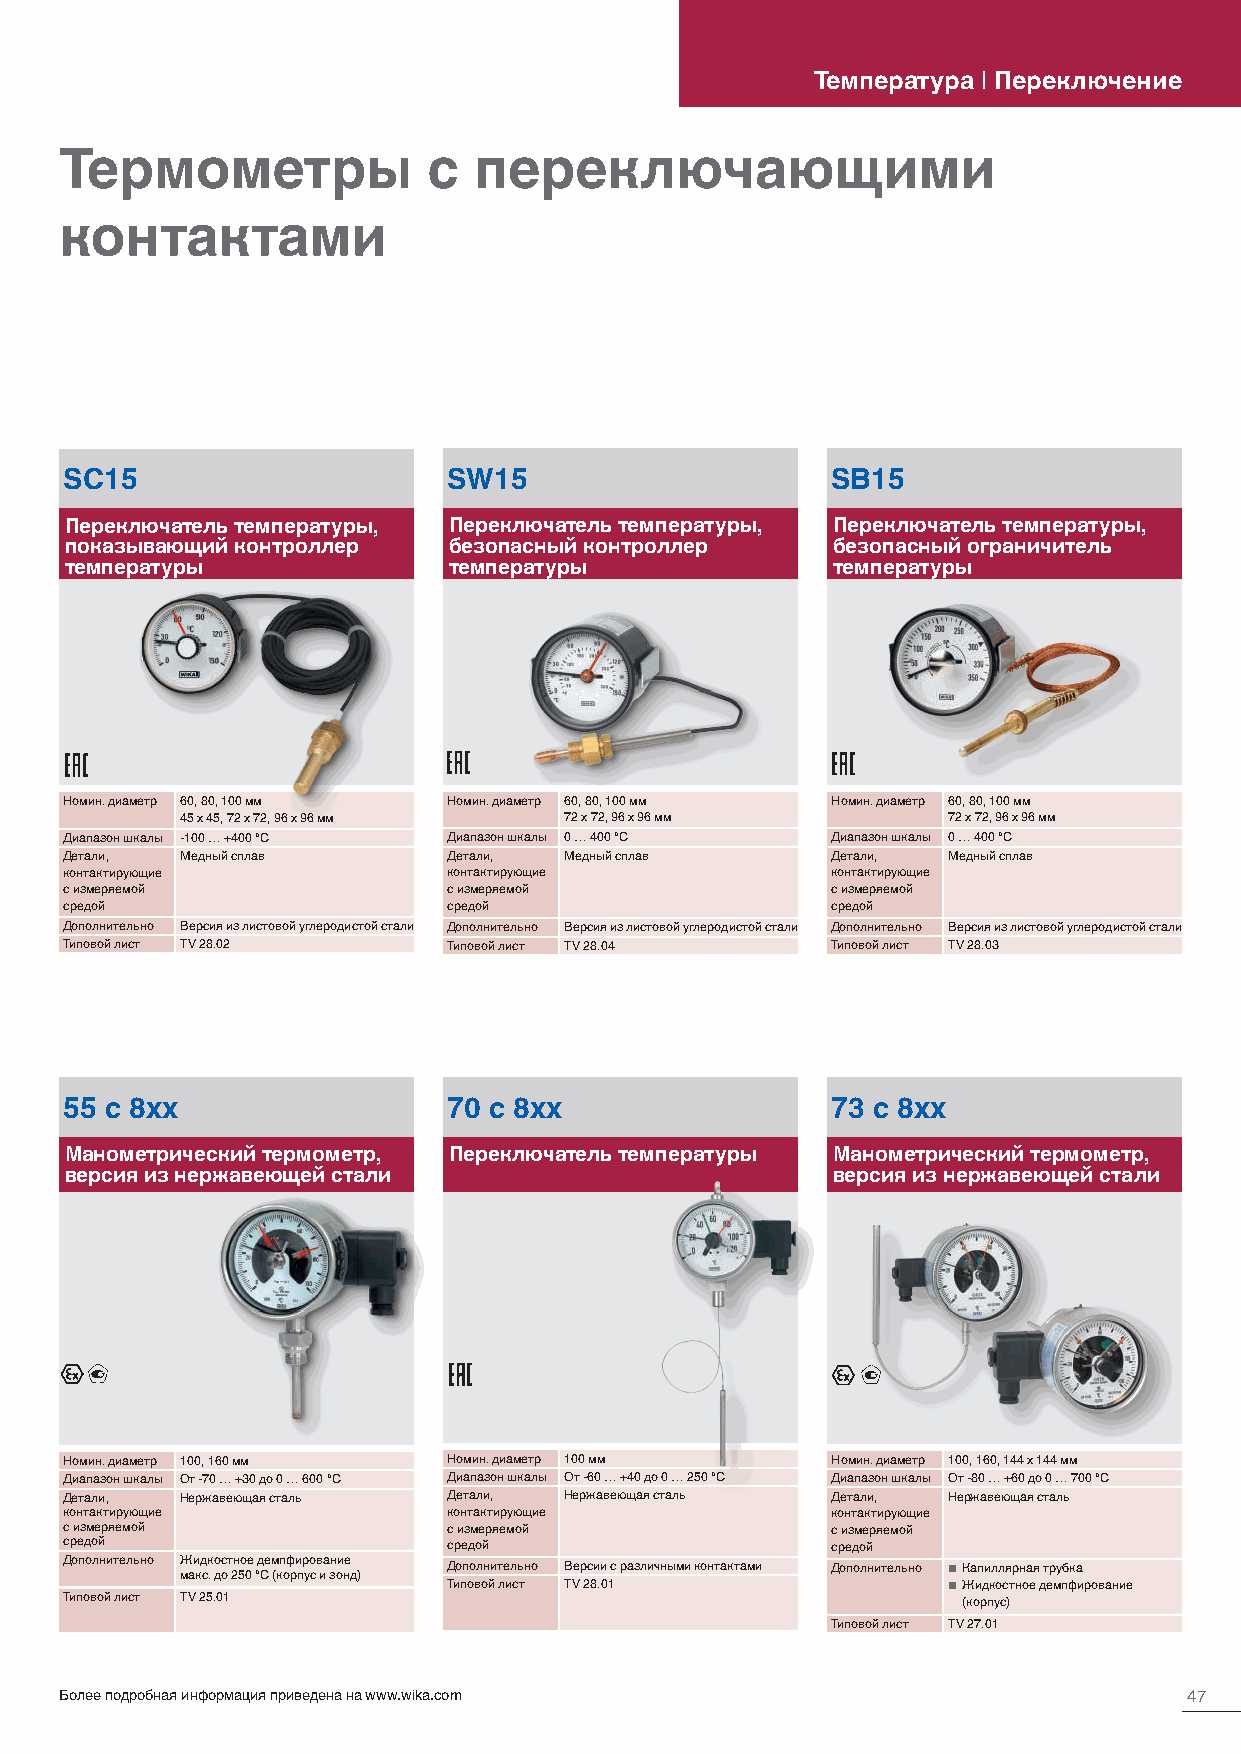
Температура | Переключение
 Термометры              с  переключающими
 контактами
 SC15                      SW15                     SB15
 Переключатель температуры, Переключатель температуры, Переключатель температуры,
 показывающий контроллер   безопасный контроллер    безопасный ограничитель
 температуры               температуры              температуры
 Номин. диаметр 60, 80, 100 мм Номин. диаметр 60, 80, 100 мм Номин. диаметр 60, 80, 100 мм
 45 x 45, 72 x 72, 96 x 96 мм 72 x 72, 96 x 96 мм   72 x 72, 96 x 96 мм
 Диапазон шкалы -100 … +400 °C Диапазон шкалы 0 … 400 °C Диапазон шкалы 0 … 400 °C
 Детали, Медный сплав      Детали, Медный сплав     Детали, Медный сплав
 контактирующие            контактирующие           контактирующие
 с измеряемой              с измеряемой             с измеряемой
 средой                    средой                   средой
 Дополнительно Версия из листовой углеродистой стали Дополнительно Версия из листовой углеродистой стали Дополнительно Версия из листовой углеродистой стали
 Типовой лист TV 28.02     Типовой лист TV 28.04    Типовой лист TV 28.03
 55 с 8xx                  70 с 8xx                 73 с 8xx
 Манометрический термометр, Переключатель температуры Манометрический термометр,
 версия из нержавеющей стали                        версия из нержавеющей стали
 Номин. диаметр 100, 160 мм Номин. диаметр 100 мм   Номин. диаметр 100, 160, 144 x 144 мм
 Диапазон шкалы От -70 … +30 до 0 … 600 °C Диапазон шкалы От -60 … +40 до 0 … 250 °C Диапазон шкалы От -80 … +60 до 0 … 700 °C
 Детали, Нержавеющая сталь Детали, Нержавеющая сталь Детали, Нержавеющая сталь
 контактирующие            контактирующие           контактирующие
 с измеряемой              с измеряемой             с измеряемой
 средой                    средой                   средой
 Дополнительно Ж маи кд ск . о дс от 2н 5о 0е °д Cе м (кп оф ри пр уо с в иа зн ои не д ) Дополнительно Версии с различными контактами Дополнительно ■ Капиллярная трубка
 Типовой лист TV 28.01            ■ Жидкостное демпфирование
 Типовой лист TV 25.01                                       (корпус)
 Типовой лист TV 27.01
 Более подробная информация приведена на www.wika.com                       47